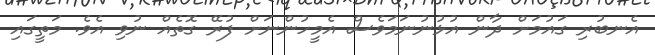
އެނބުރި ގައުމަށް ދާން އުޅުނުނަމަވެސް އެމީހުންނަށް ފުރޭ ގޮތެއް ނުވި އެވެ. މަތީގައި